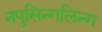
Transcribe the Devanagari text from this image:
नपुसिन्गलिन्ग